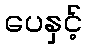
ပေနှင့်